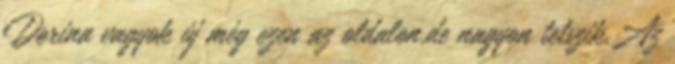
Dorina vagyok új még ezen az oldalon,de nagyon tetszik.Az